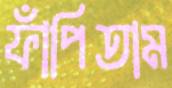
ফাঁপিতাম